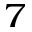
^ { 7 }